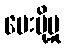
ပေးပို့မှု